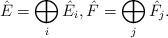
LaTeX: \begin{align*}\hat{E}=\bigoplus_i \hat{E}_i,\hat{F}=\bigoplus_j \hat{F}_j.\end{align*}